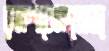
রক্ষণাবেক্ষণেওঅ্